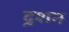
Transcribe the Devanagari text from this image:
दर्‍शन